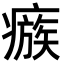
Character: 瘯